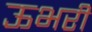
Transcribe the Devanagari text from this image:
ऊभरी